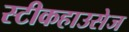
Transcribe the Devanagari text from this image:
स्टीकहाउसेज